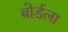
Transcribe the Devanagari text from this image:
बोर्डला